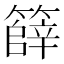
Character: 𮆞